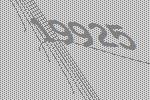
19925